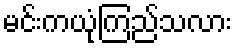
မင်းကယုံကြည်သလား